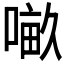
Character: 𠺖